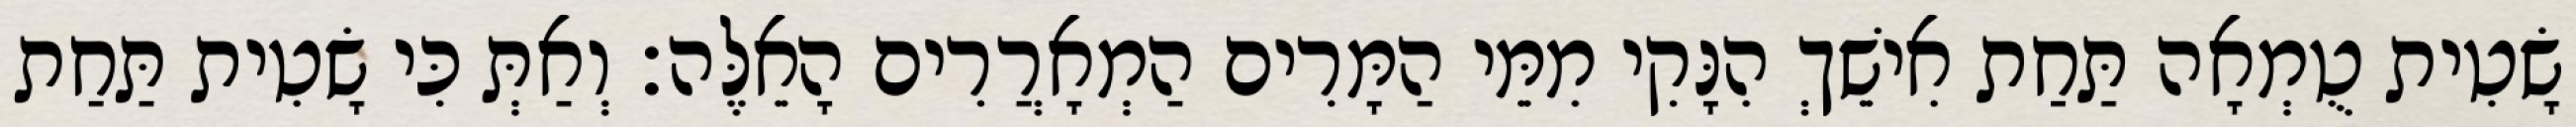
שָׂטִית טֻמְאָה תַּחַת אִישֵׁךְ הִנָּקִי מִמֵּי הַמָּרִים הַמְאָרֲרִים הָאֵלֶּה׃ וְאַתְּ כִּי שָׂטִית תַּחַת